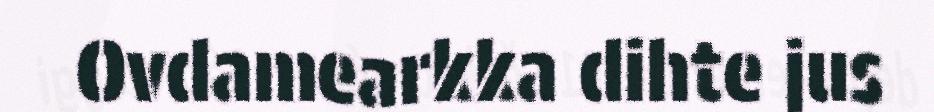
Ovdamearkka dihte jus